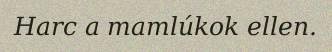
Harc a mamlúkok ellen.